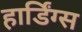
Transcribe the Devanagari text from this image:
हार्डिंग्स